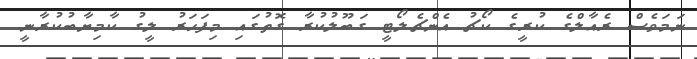
ނަމަވެސް ރެއާލްގެ ކުރީގެ ކޯޗު އެންޗެލޯޓީ ގަބޫލުކުރާ ގޮތުގައި މިފަހަރު ލީގު ކާމިޔާބުކުރާނީ